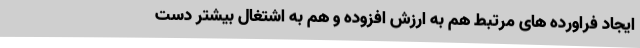
ایجاد فراورده های مرتبط هم به ارزش افزوده و هم به اشتغال بیشتر دست